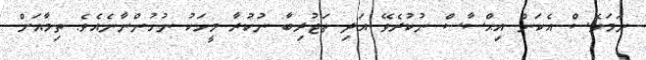
ނަމަވެސް އެކަން އިޙްސާސް ނުކުރެވޭ އަދި ތަޖުރިބާ ނުކުރާ މީހަކު ނުހުންނާނެއެވެ. ތިމާއަށް